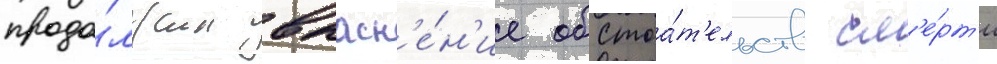
продо́лжил выасн'е́н'ие обстоа́т'ельств см'е́рт'и